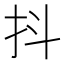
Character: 抖